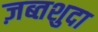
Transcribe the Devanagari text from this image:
ज़ब्तशुदा